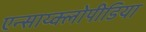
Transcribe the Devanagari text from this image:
एन्साय्क्लोपीडिया